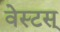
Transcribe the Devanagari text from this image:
वेस्टस्‌